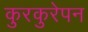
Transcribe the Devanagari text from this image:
कुरकुरेपन